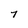
Character: 7